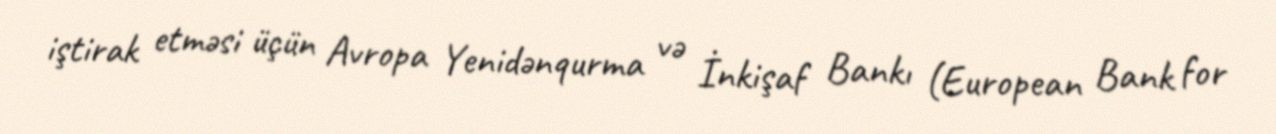
iştirak etməsi üçün Avropa Yenidənqurma və İnkişaf Bankı (European Bank for